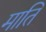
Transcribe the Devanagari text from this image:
माति